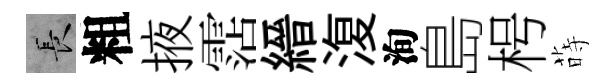
长粗掖霑縉𣸪洵島枵蒔